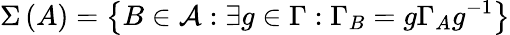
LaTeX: \Sigma\left(A\right)=\left\{ B\in\mathcal{A}:\exists g\in\Gamma:\Gamma_{B}=g\Gamma_{A}g^{-1}\right\}